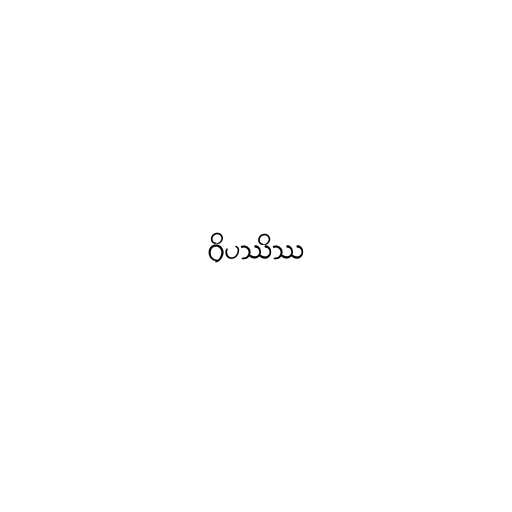
ဝိပဿိဿ